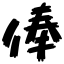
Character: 俸